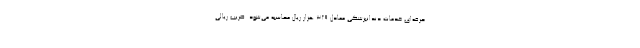
حرفه‌ای خدمات دندانپزشکی معادل ۳۲۹ هزار ریال محاسبه می‌شود. ضریب ریالی